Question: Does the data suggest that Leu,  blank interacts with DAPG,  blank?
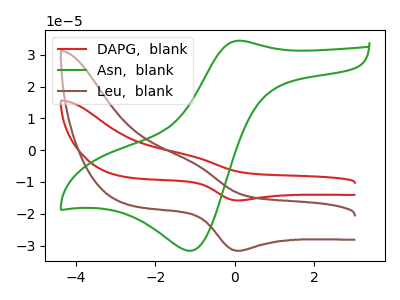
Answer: <think>The red curve "DAPG,  blank" has an anodic peak at (-1.10V, -1.85uA) and a cathodic peak at (0.10V, -15.80uA). The green curve "Asn,  blank" has an anodic peak at (0.10V, 34.40uA) and a cathodic peak at (-1.10V, -31.60uA). The brown curve "Leu,  blank" has an anodic peak at (-1.10V, -3.70uA) and a cathodic peak at (0.10V, -31.65uA).
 All the peaks in "Leu,  blank" have a peak in "DAPG,  blank" at the same potential.</think>
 <answer>No, "Leu,  blank" and "DAPG,  blank" don't appear to be significantly different in shape</answer>
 <eval>no_change</eval>